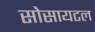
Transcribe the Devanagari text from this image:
सोसायटल